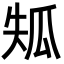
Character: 𤫴